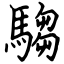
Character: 騶